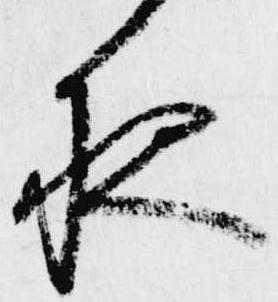
夜